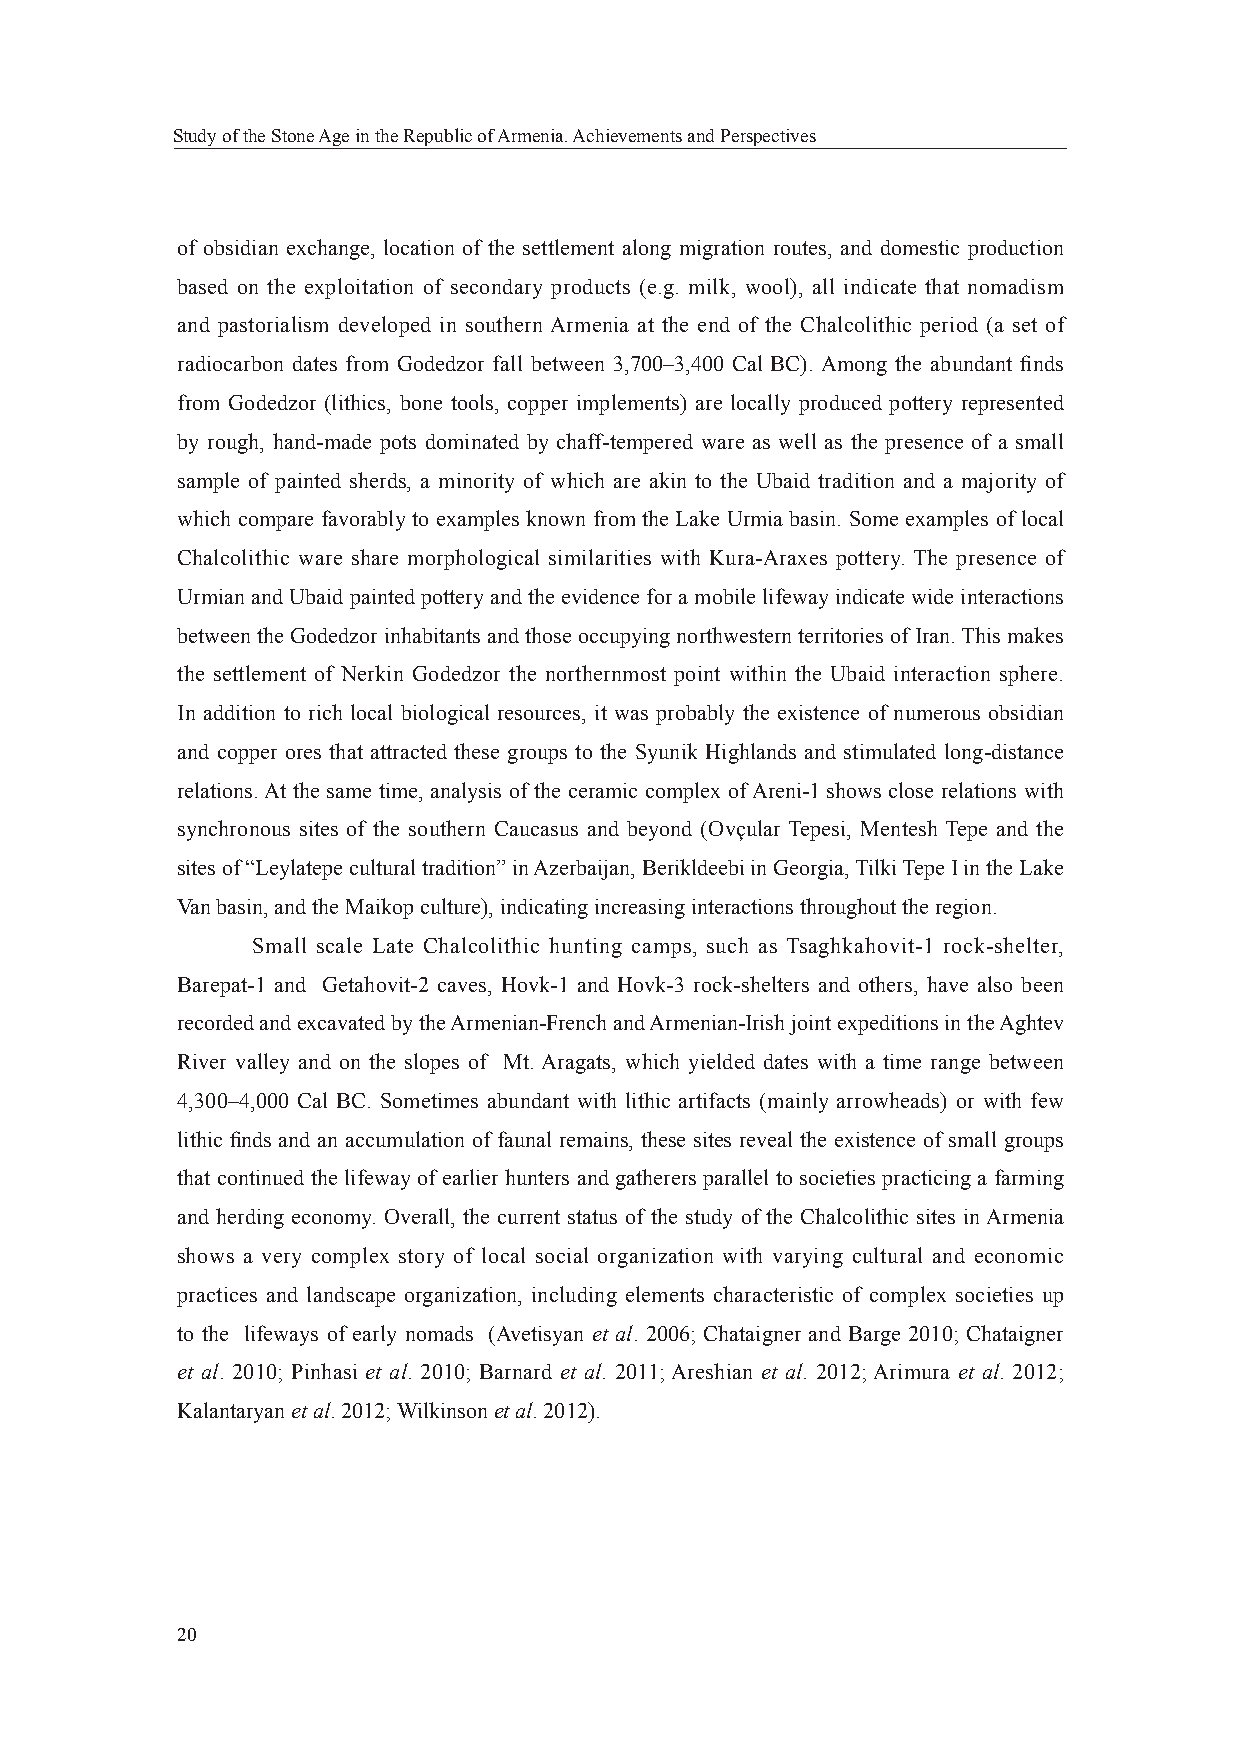
Study of the Stone Age in the Republic of Armenia. Achievements and Perspectives
 of obsidian exchange, location of the settlement along migration routes, and domestic production
 based on the exploitation of secondary products (e.g. milk, wool), all indicate that nomadism
 and pastorialism developed in southern Armenia at the end of the Chalcolithic period (a set of
 radiocarbon dates from Godedzor fall between 3,700–3,400 Cal BC). Among the abundant fi nds
 from Godedzor (lithics, bone tools, copper implements) are locally produced pottery represented
 by rough, hand-made pots dominated by chaff-tempered ware as well as the presence of a small
 sample of painted sherds, a minority of which are akin to the Ubaid tradition and a majority of
 which compare favorably to examples known from the Lake Urmia basin. Some examples of local
 Chalcolithic ware share morphological similarities with Kura-Araxes pottery. The presence of
 Urmian and Ubaid painted pottery and the evidence for a mobile lifeway indicate wide interactions
 between the Godedzor inhabitants and those occupying northwestern territories of Iran. This makes
 the settlement of Nerkin Godedzor the northernmost point within the Ubaid interaction sphere.
 In addition to rich local biological resources, it was probably the existence of numerous obsidian
 and copper ores that attracted these groups to the Syunik Highlands and stimulated long-distance
 relations. At the same time, analysis of the ceramic complex of Areni-1 shows close relations with
 synchronous sites of the southern Caucasus and beyond (Ovçular Tepesi, Mentesh Tepe and the
 sites of “Leylatepe cultural tradition” in Azerbaijan, Berikldeebi in Georgia, Tilki Tepe I in the Lake
 Van basin, and the Maikop culture), indicating increasing interactions throughout the region.
 Small scale Late Chalcolithic hunting camps, such as Tsaghkahovit-1 rock-shelter,
 Barepat-1 and Getahovit-2 caves, Hovk-1 and Hovk-3 rock-shelters and others, have also been
 recorded and excavated by the Armenian-French and Armenian-Irish joint expeditions in the Aghtev
 River valley and on the slopes of Mt. Aragats, which yielded dates with a time range between
 4,300–4,000 Cal BC. Sometimes abundant with lithic artifacts (mainly arrowheads) or with few
 lithic fi nds and an accumulation of faunal remains, these sites reveal the existence of small groups
 that continued the lifeway of earlier hunters and gatherers parallel to societies practicing a farming
 and herding economy. Overall, the current status of the study of the Chalcolithic sites in Armenia
 shows a very complex story of local social organization with varying cultural and economic
 practices and landscape organization, including elements characteristic of complex societies up
 to the lifeways of early nomads (Avetisyan et al. 2006; Chataigner and Barge 2010; Chataigner
 et al. 2010; Pinhasi et al. 2010; Barnard et al. 2011; Areshian et al. 2012; Arimura et al. 2012;
 Kalantaryan et al. 2012; Wilkinson et al. 2012).
 20